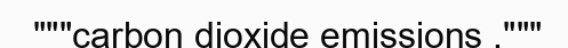
"""carbon dioxide emissions ,"""